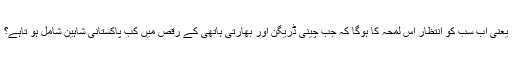
یعنی اَب سب کو انتظار اُس لمحہ کا ہوگا کہ جب چینی ڈریگن اور بھارتی ہاتھی کے رقص میں کب پاکستانی شاہین شامل ہو تاہے؟